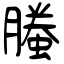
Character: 螣